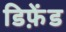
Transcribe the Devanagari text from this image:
डिफ़ेंड